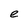
Character: e